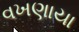
વખણાયા